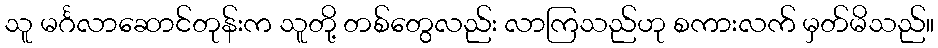
သူ မင်္ဂလာဆောင်တုန်းက သူတို့ တစ်တွေလည်း လာကြသည်ဟု စကားလက် မှတ်မိသည်။